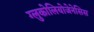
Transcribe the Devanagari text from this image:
ग्लुकोलियोजेनेसिस